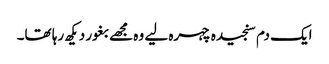
ایک دم سنجیدہ چہرہ لیے وہ مجھے بغور دیکھ رہا تھا۔